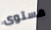
مستوى